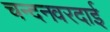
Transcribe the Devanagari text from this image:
चन्दनवरदाई